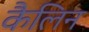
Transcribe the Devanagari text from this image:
कैलिन